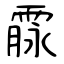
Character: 霡